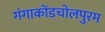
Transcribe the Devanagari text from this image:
गंगाकोंडचोलपुरम